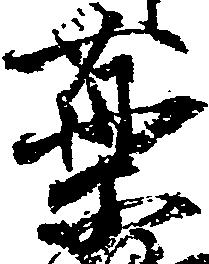
薬